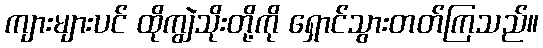
ကျားများပင် ထိုကျွဲသိုးတို့ကို ရှောင်သွားတတ်ကြသည်။